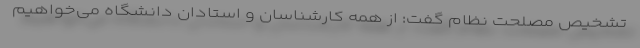
تشخیص مصلحت نظام گفت: از همه کارشناسان و استادان دانشگاه می‌خواهیم